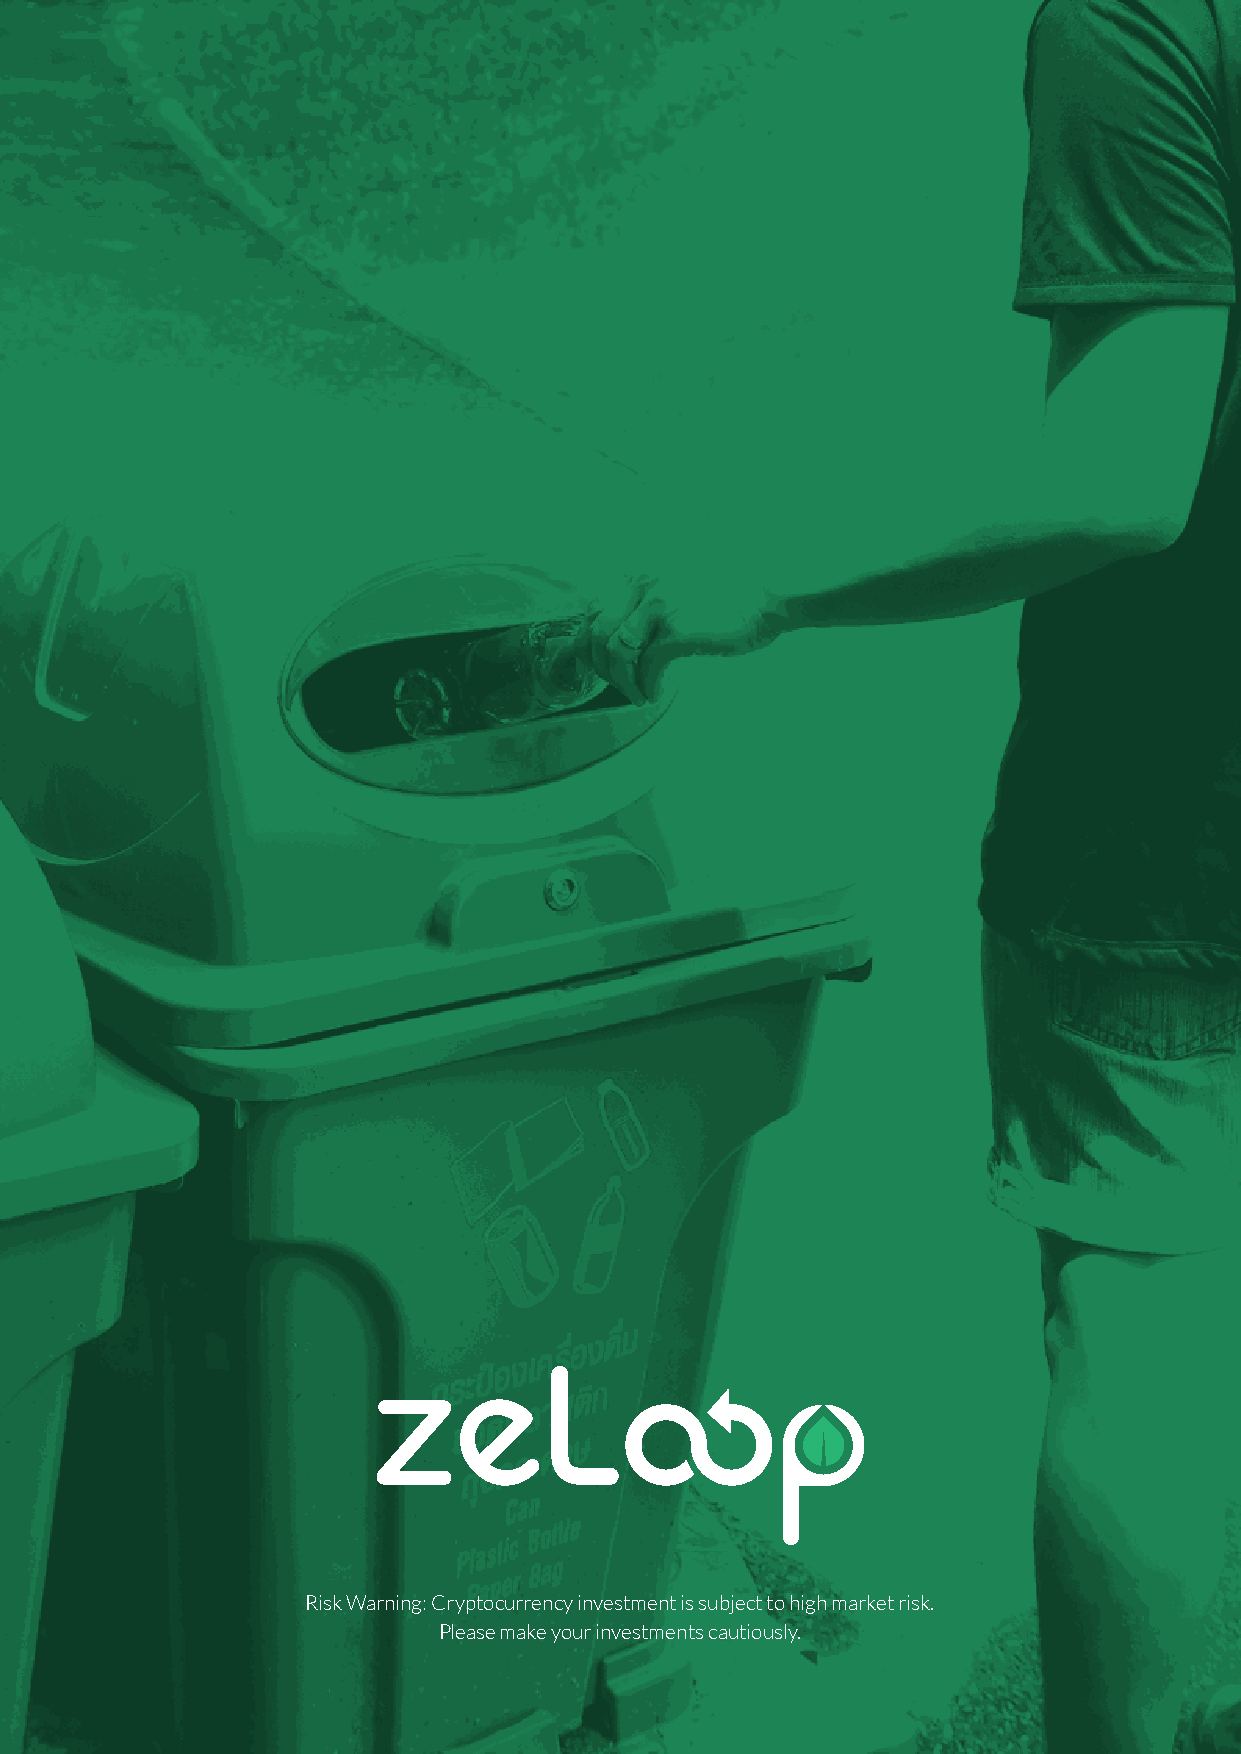
Risk Warning: Cryptocurrency investment is subject to high market risk.
 Please make your investments cautiously.
            linktr.ee/_zeloop_                                  39
 REPAPETIHW
 ||
 POOLEZ